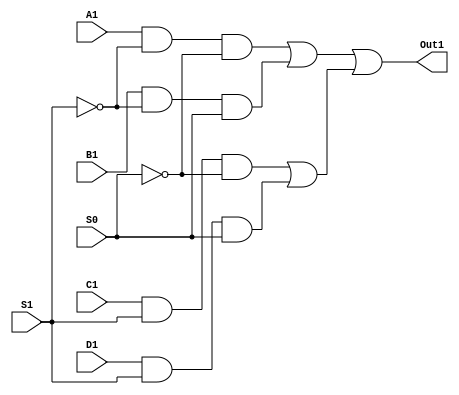
`timescale 1 ns/1 ns

module Mux_4x1_1bit_gate(A1, B1,  C1,  D1,  S1, S0, Out1);
    
   input A1, B1, C1,  D1;
   input S1, S0;
   output Out1;

   wire N1, N2, N3, N4, N5, N6, N7, N8, N9 ,N10, N11, N12;

   not Inv_1(N1, S1);
   not Inv_2(N2, S0);

   and And_1(N3, A1, N1);
   and And_2(N4, N3, N2);
   and And_3(N5, B1, N1);
   and And_4(N6, N5, S0);
   and And_5(N7, C1, S1);
   and And_6(N8, N7, N2);
   and And_7(N9, D1, S1);
   and And_8(N10, N9, S0);

   or Or_1(N11,N4, N6);
   or Or_2(N12, N8, N10);
   or Or_3(Out1, N11, N12);
   
endmodule